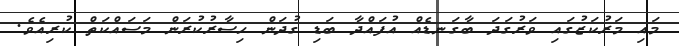
މައި މަރުކަޒުގައި ވަރުގަދަ ބާގަނޑެއް އުފައްދާ ބަޑި ގުދަން ހިސާރުކުރަން މަސައްކަތް ކުރިއެވެ.